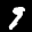
Label: 9